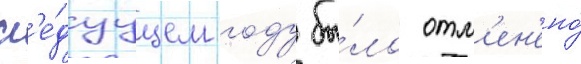
сл'е́дуущем году бы́ло отм'ен'ено́